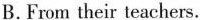
B.From their teachers.